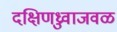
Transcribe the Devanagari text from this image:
दक्षिणध्रुवाजवळ